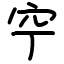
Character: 䆑